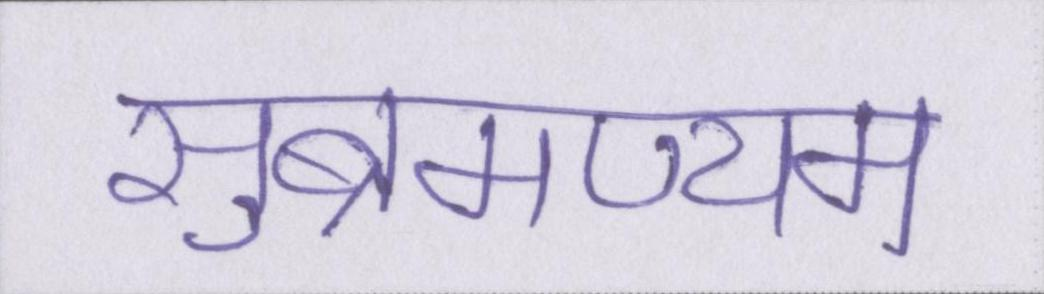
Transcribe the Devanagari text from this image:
सुब्रमण्यम